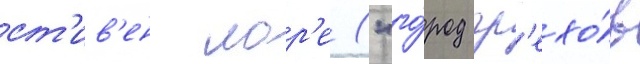
ст'ив'ен лор'е ("го́род гр'ехо́в